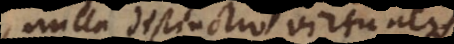
nulla distinctio virtualis